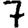
Digit: 7